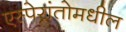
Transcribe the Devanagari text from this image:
एस्पेरांतोमधील